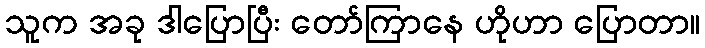
သူက အခု ဒါပြောပြီး တော်ကြာနေ ဟိုဟာ ပြောတာ။